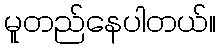
မူတည်နေပါတယ်။